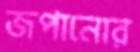
জপানোর